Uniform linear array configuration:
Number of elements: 48
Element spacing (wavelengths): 1
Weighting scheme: uniform
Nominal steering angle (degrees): -30
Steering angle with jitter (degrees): -30.491
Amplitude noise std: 0.05
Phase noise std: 0.05

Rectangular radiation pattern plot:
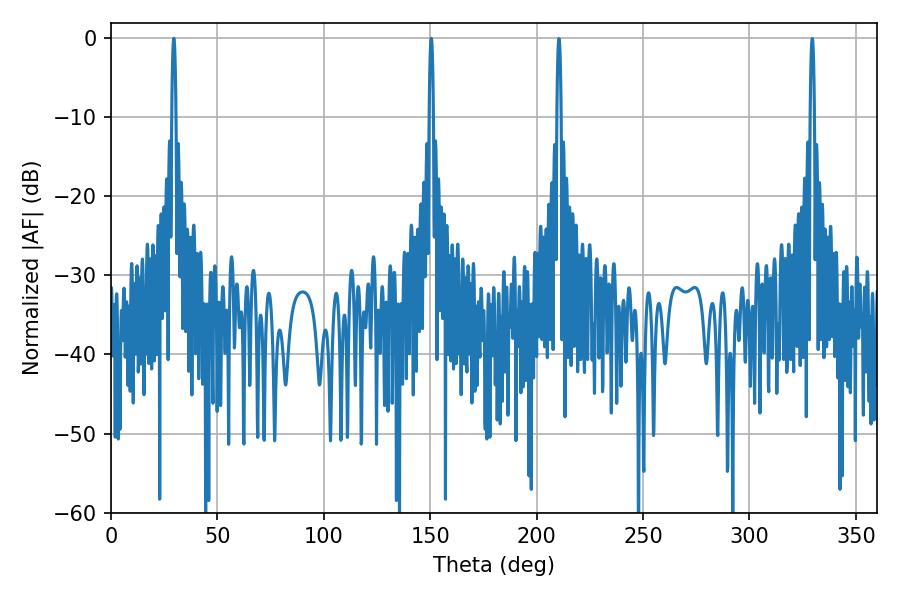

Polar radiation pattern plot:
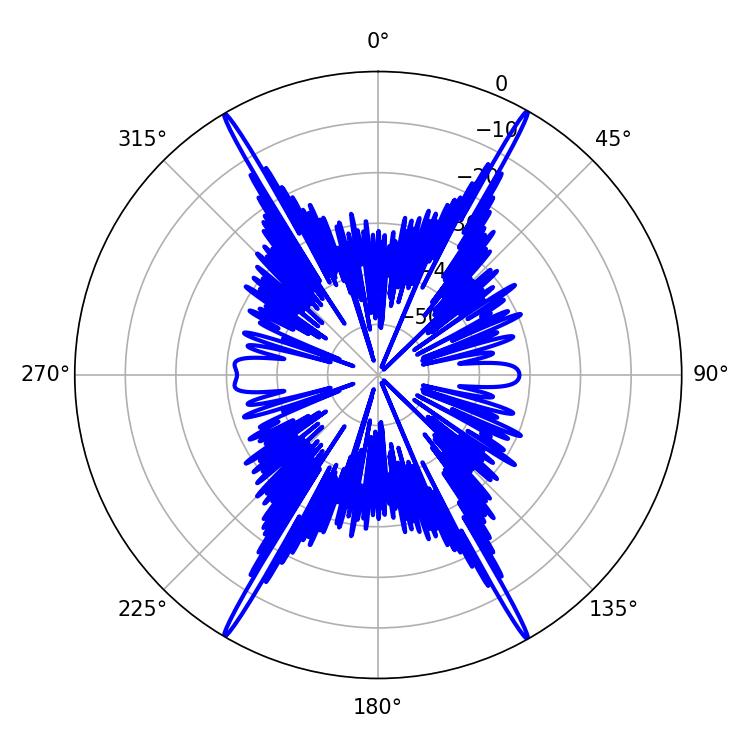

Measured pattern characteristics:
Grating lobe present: TRUE
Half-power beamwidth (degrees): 1.08
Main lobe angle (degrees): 29.52